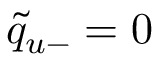
\tilde { q } _ { u - } = 0